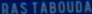
RAS TABOUDE